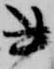
書